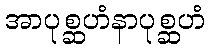
အာပုစ္ဆဟံနာပုစ္ဆဟံ